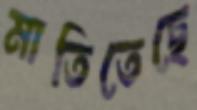
মাতিতেছে